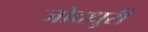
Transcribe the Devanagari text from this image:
जोदधुरी